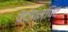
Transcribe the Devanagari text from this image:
वेदोपनषि्द